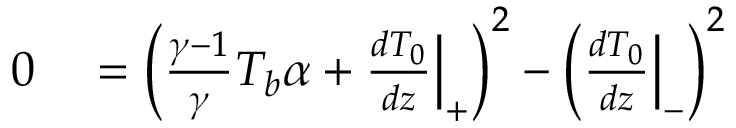
\begin{array} { r l } { 0 } & { { } = \left( \frac { \gamma - 1 } { \gamma } T _ { b } \alpha + \frac { d { T } _ { 0 } } { d z } \Big | _ { + } \right) ^ { 2 } - \left( \frac { d { T } _ { 0 } } { d z } \Big | _ { - } \right) ^ { 2 } } \end{array}